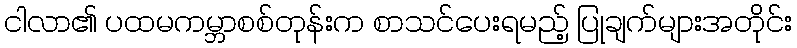
ငါလာ၏ ပထမကမ္ဘာစစ်တုန်းက စာသင်ပေးရမည့် ပြုချက်များအတိုင်း